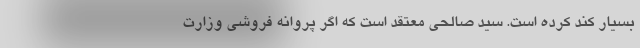
بسیار کند کرده است. سید صالحی معتقد است که اگر پروانه فروشی وزارت